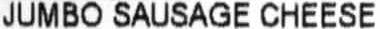
JUMBO SAUSAGE CHEESE